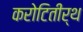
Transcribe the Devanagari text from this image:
करोटितीर्थ